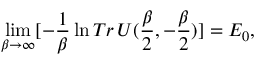
\operatorname * { l i m } _ { \beta \to \infty } [ - \frac { 1 } { \beta } \ln T r \, U ( \frac { \beta } { 2 } , - \frac { \beta } { 2 } ) ] = E _ { 0 } ,